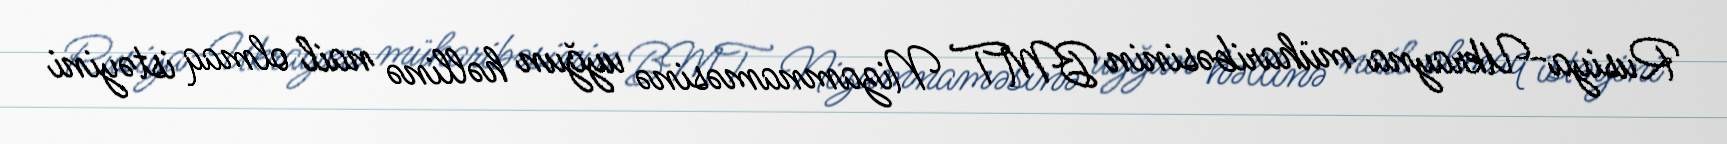
Rusiya-Ukrayna müharibəsinin BMT Nizamnaməsinə uyğun həllinə nail olmaq istəyini